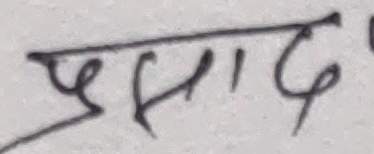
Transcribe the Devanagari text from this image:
प्रसाद